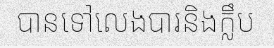
បានទៅលេងបារនិងក្លឹប